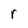
Character: r